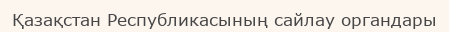
Қазақстан Республикасының сайлау органдары